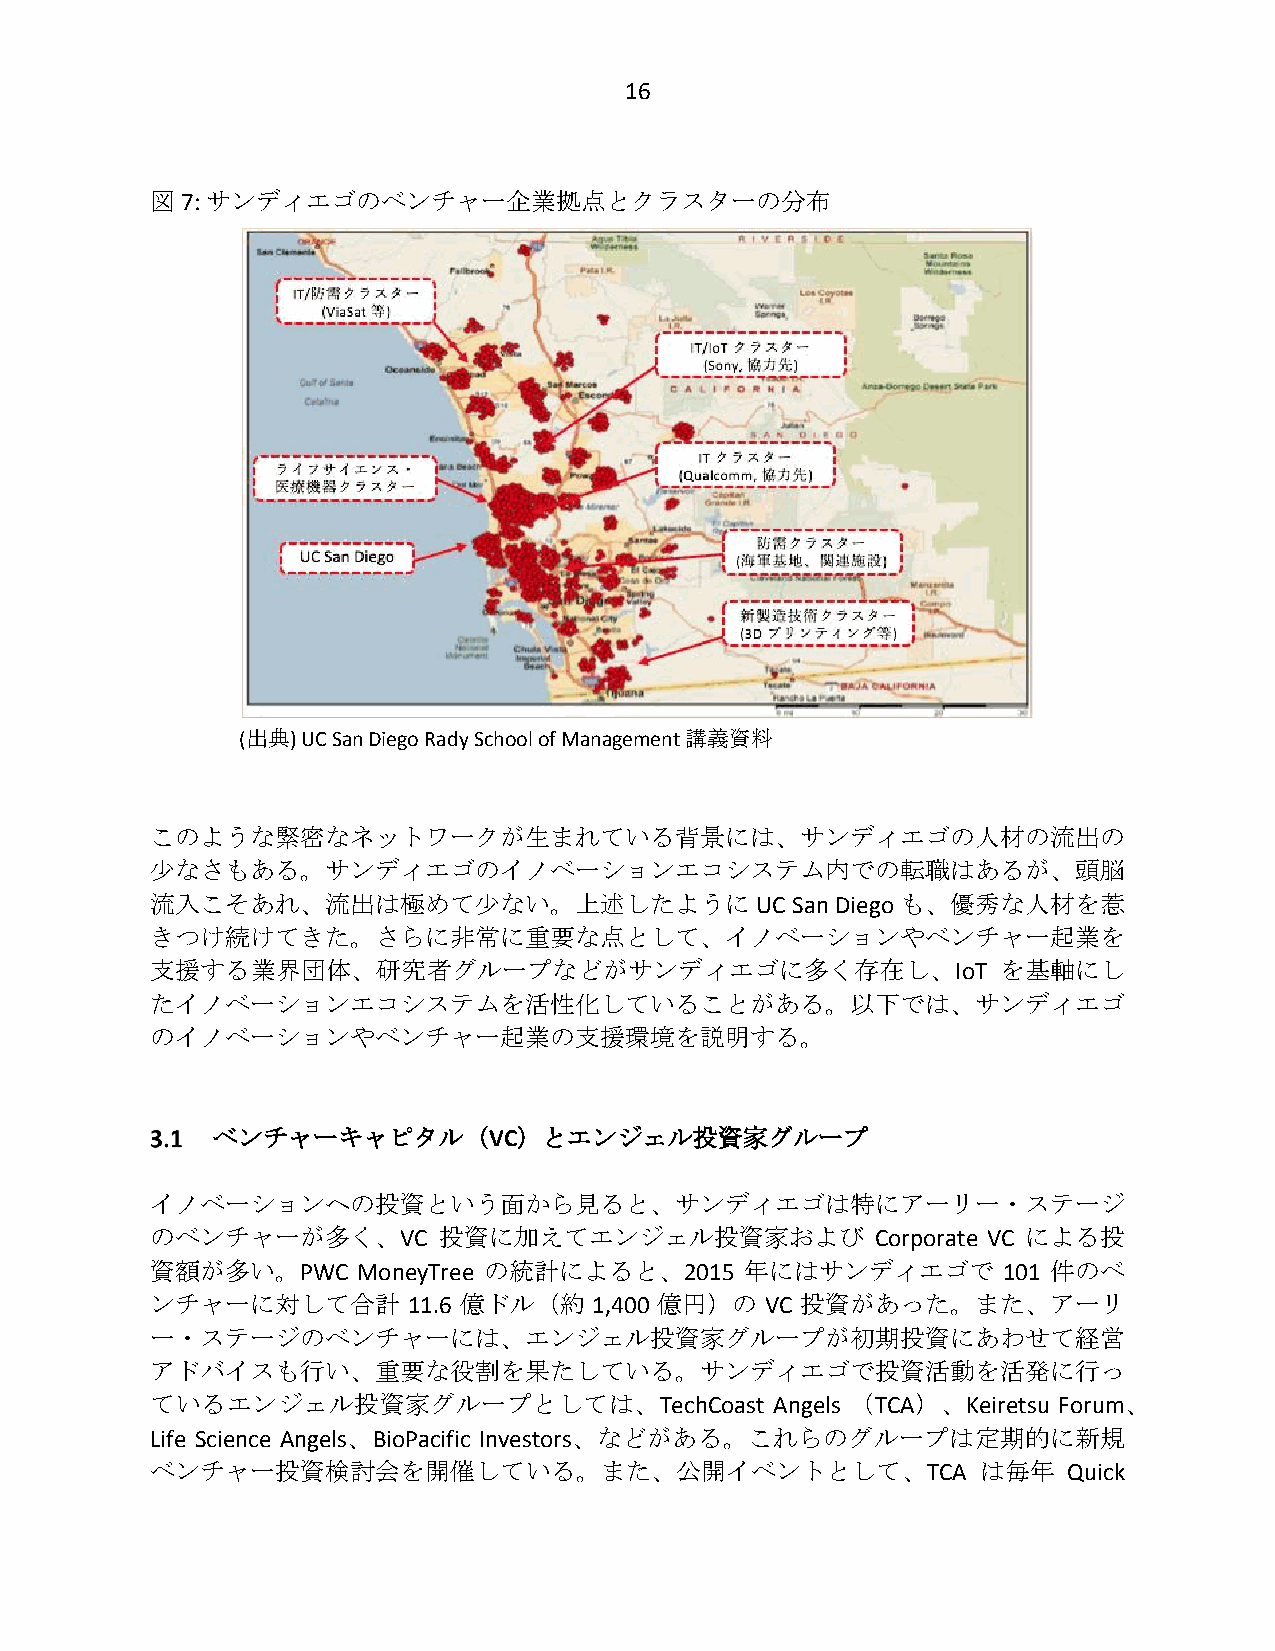
16
 図 7: サンディエゴのベンチャー企業拠点とクラスターの分布
 (出典) UC San Diego Rady School of Management 講義資料
 このような緊密なネットワークが生まれている背景には、サンディエゴの人材の流出の
 少なさもある。サンディエゴのイノベーションエコシステム内での転職はあるが、頭脳
 流入こそあれ、流出は極めて少ない。上述したように                UC San Diego も、優秀な人材を惹
 きつけ続けてきた。さらに非常に重要な点として、イノベーションやベンチャー起業を
 支援する業界団体、研究者グループなどがサンディエゴに多く存在し、IoT                     を基軸にし
 たイノベーションエコシステムを活性化していることがある。以下では、サンディエゴ
 のイノベーションやベンチャー起業の支援環境を説明する。
 ベンチャーキャピタル（VC）とエンジェル投資家グループ
 イノベーションへの投資という面から見ると、サンディエゴは特にアーリー・ステージ
 のベンチャーが多く、VC       投資に加えてエンジェル投資家および            Corporate VC による投
 資額が多い。PWC     MoneyTree の統計によると、2015   年にはサンディエゴで       101 件のベ
 ンチャーに対して合計       11.6 億ドル（約  1,400 億円）の  VC 投資があった。また、アーリ
 ー・ステージのベンチャーには、エンジェル投資家グループが初期投資にあわせて経営
 アドバイスも行い、重要な役割を果たしている。サンディエゴで投資活動を活発に行っ
 ているエンジェル投資家グループとしては、TechCoast            Angels （TCA）、Keiretsu Forum、
 Life Science Angels、BioPacific Investors、などがある。これらのグループは定期的に新規
 ベンチャー投資検討会を開催している。また、公開イベントとして、TCA                     は毎年   Quick